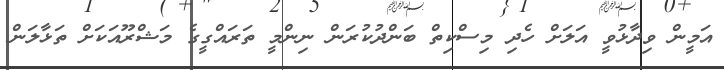
އަމީން ވިދާޅުވީ އަލަށް ހެދި މިސްކިތް ބަންދުކުރަން ނިންމީ ތަރައްގީގެ މަޝްރޫއަކަށް ތަޅާލަން